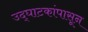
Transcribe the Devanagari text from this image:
उद्‌घाटकांपासून